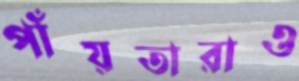
পাঁয়তারাও